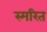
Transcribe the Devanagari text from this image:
स्मरित